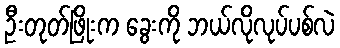
ဦးတုတ်ဖြိုးက ခွေးကို ဘယ်လိုလုပ်ပစ်လဲ